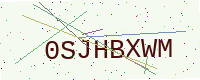
Text: 0SJHBXWM